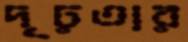
দৃঢ়তার